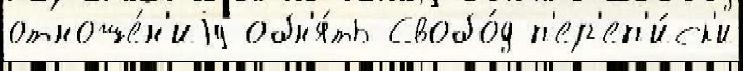
отноше́н'иjу обн'я́ть Свобо́д п'ер'еп'и́ск'и